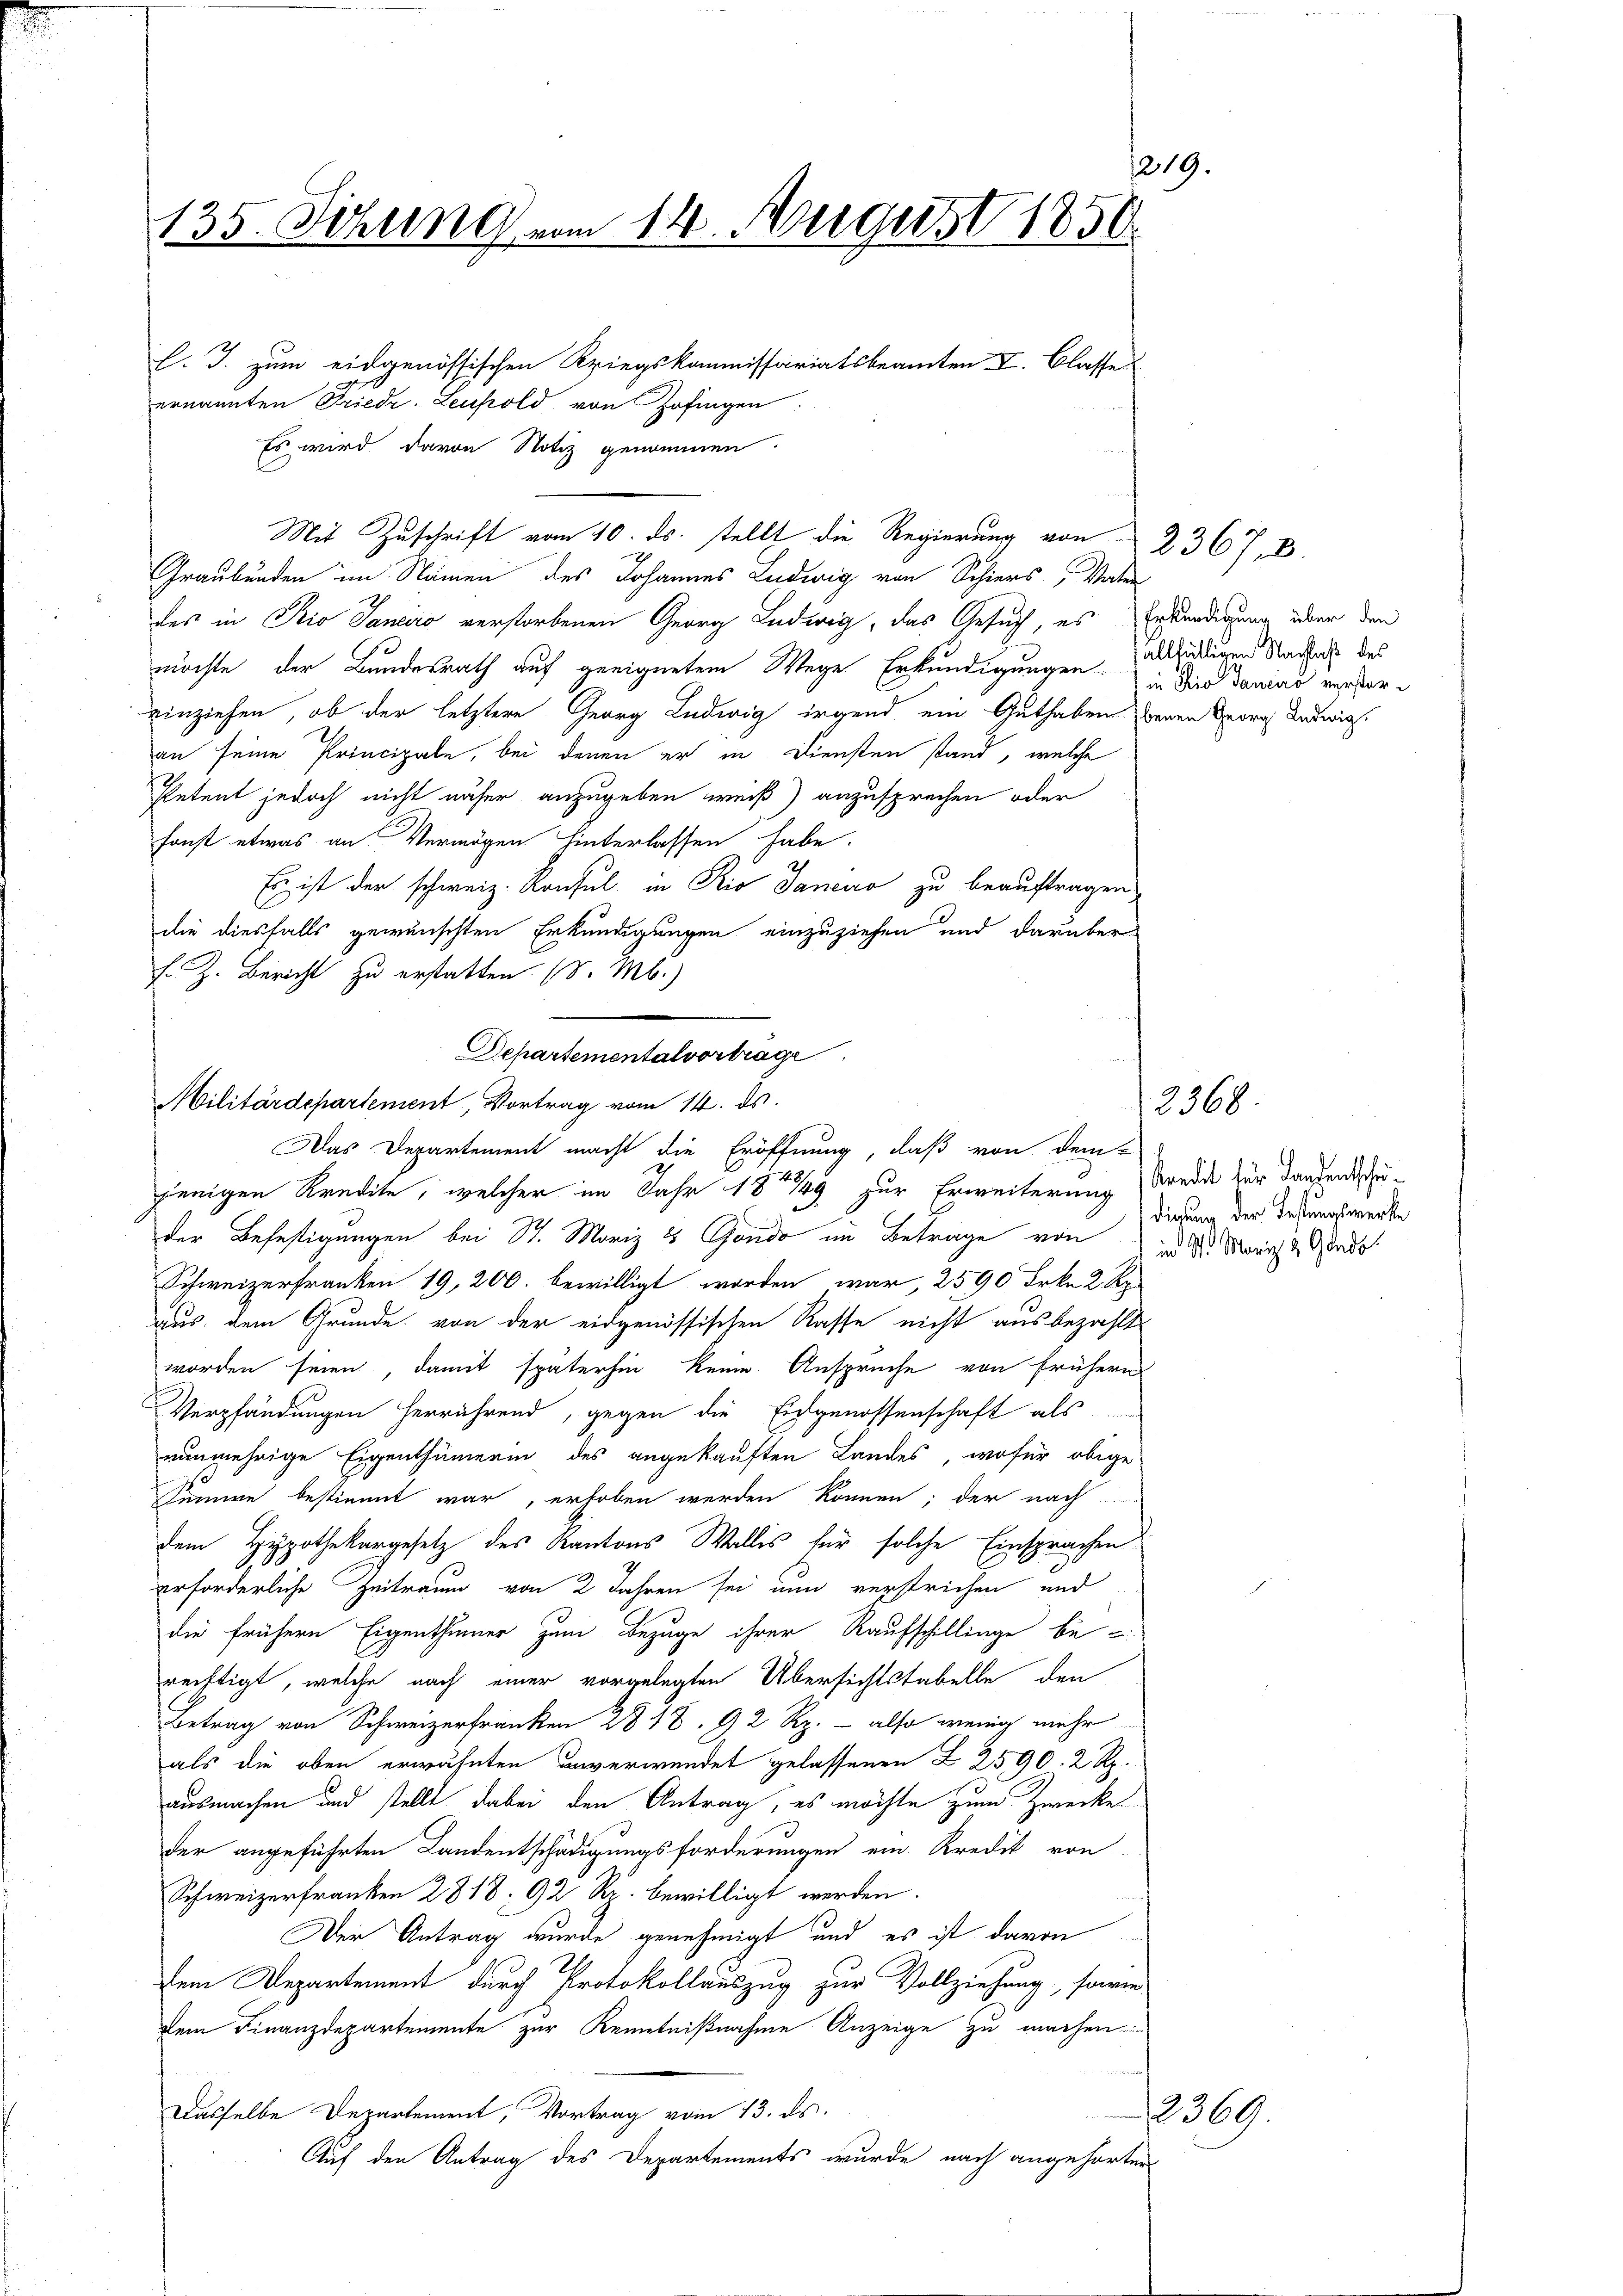
1219.
135. Sitzung vom 11. August 1856

Graubünden im Namen des Johannes Ludwig von Schiers, Vater
des in Rio Sanciro verstorbenen Georg Ludwig, das Gesuch, es Erkundigung über den
möchte der Bundesrath auf geeignetem Wege Erkundigungen aldigen Nachall des
einziehen, ob der letztere Georg Ludwig irgend ein Guthaben denen Georg Ludwigs
an seine Principale, bei denen er in Diensten stand, welche
Petent jedoch nicht näher anzugeben weiß) anzusprechen oder
sonst etwas an Vermögen hinterlassen habe.
Es ist der schweiz. Konsul in Rio Janeiro zu beauftragen
die diesfalls gewünschten Erkundigungen einzuziehen und darüber
F. Z. Bericht zu erstatten. (S. M.)
jenigen Kredite, welcher im Jahr 1849 zur Erweiterung beide zur Landenduder Befestigungen bei St. Moriz 8 Gondo im Betrage von
Schweizerfranken 19, 200. bewilligt worden war, 2590 Frkn. 2 Rp.
aus dem Grunde von der eidgenössischen Rasse nicht ausbezahlt
worden seien, damit späterhin keine Ansprüche von frühern
Verpfändungen herrührend, gegen die Eidgenossenschaft als
nunmehrige Eigenthümerin des angekauften Landes, wofür obige
Summe bestimmt war, erhoben werden können; der nach
dem Hypothekargesetz des Kantons Wallis für solche Einsprachen
erforderliche Zeitraum von 2 Jahren sei nun verstrichen und
die frühern Eigenthümer zum Bezuge ihrer Raufschillinge be-
rechtigt, welche nach einer vorgelegten Übersichtstabelle den
Betrag von Schweizerfranken 2818. 92 Rp. - also wenig mehr
als die oben erwähnten unverwendet gelassenen § 2590. 2 Rp.
ausmachen und stellt dabei den Antrag, es möchte zum Zwecke
der angeführten Landentschädigungsforderungen ein Kredit von
Schweizerfranken 2818. 92 Rp. bewilligt werden.
Der Antrag wurde genehmigt und es ist davon
Dem Departement durch Protokollauszug zur Vollziehung, sowie
Dem Finanzdepartemente zur Kenntnißnahme Anzeige zu machen.
Dasselbe Departement, Vortrag vom 13. ds.
Auf den Antrag des Departements wurde nach angehörter

Militärdepartement Vortrag vom 14. ds.

l. J. zum eidgenössischen Kriegskommissariatsbeamten I. Classe
ernannten Friedr. Leuhold von Zofingen
Es wird davon Notiz genommen
Mit Zuschrift vom 10. ds. stellt die Regierung von 2367, B

Departementalvortrage
Das Departement macht die Eröffnung, daß von dem

in die Janeiro verster¬

2368.

2369.

digung der Festungswerke
in St. Moriz & Gando